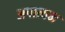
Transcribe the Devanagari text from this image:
अपात्यम